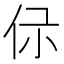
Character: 𠇡